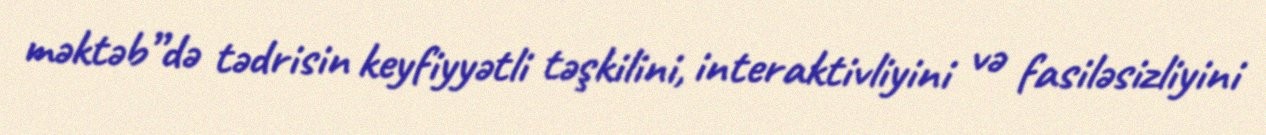
məktəb”də tədrisin keyfiyyətli təşkilini, interaktivliyini və fasiləsizliyini